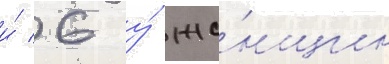
и́ 6 у́ же́нщин